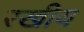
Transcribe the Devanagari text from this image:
रखीय